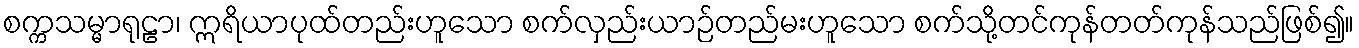
စက္ကသမ္မာရုဠာ၊ ဣရိယာပုထ်တည်းဟူသော စက်လှည်းယာဉ်တည်မးဟူသော စက်သို့တင်ကုန်တတ်ကုန်သည်ဖြစ်၍။